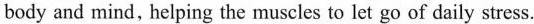
body and mind, helping the muscles to let go of daily stress.